system: You are a helpful assistant.
user:
Analyze the provided spectrum to determine if it is a **M-type Giant (gM)**.

A M-type Giant spectrum is defined by its **strong molecular absorption** features, particularly from **Titanium Oxide (TiO)**. You must check for one of the following mutually exclusive signatures:

- **Key Visual Indicators (Absorption-Dominated Spectrum):**

    - **(Primary):** The spectrum is dominated by strong molecular absorption from **Titanium Oxide (TiO)**. This is the **defining feature** of its M-type temperature class.
        - **(Key Bandheads):** Look for sharp, "saw-tooth" absorption valleys. The strongest are located near **~7050 Å**, **~6160 Å**, and **~5170 Å**.
        - **(Line Profile):** The "saw-tooth" morphology is critical: a **sharp, steep drop on the BLUE (short-wavelength) side** of the bandhead, followed by a gradual recovery (rising flux) towards the RED (long-wavelength) side.

    - **(Key Confirmation - Giant vs. Dwarf):** **ABSENCE** of strong **Calcium Hydride (CaH)** molecular bands. This is the primary diagnostic for *excluding* M-dwarfs.
        - **(Key Region):** The spectrum should lack the strong, broad absorption band seen in dwarfs between **~6800 Å and ~7000 Å**.

    - **(Secondary Confirmation - Giant):** A very strong and broad **Neutral Calcium (Ca I)** atomic absorption line.
        - **(Key Line):** Located at **~4226 Å**. In a giant (gM), this line is significantly deeper and broader than the same line in an M-dwarf (dM) due to low surface gravity.

    - **(Overall Spectrum):**
        - The continuum is **extremely red-sloping** (i.e., flux is very low in the blue and rises dramatically towards the red).
        - The entire spectrum appears "chopped up" by the deep TiO bands.

Think first, call **spectral_visualization_tool** if needed to examine features in detail, then provide your final answer. Your response must adhere to the following strict rules:
1.  **Overall Structure:** Your response must follow the format `<think>...</think> <tool_call>...</tool_call> (if a tool is used) <answer>...</answer>`.
2.  **Tool Usage Constraint:** You may only make **one** tool call per turn.
3.  **Final Answer Format:** In the `<answer>` tag, your conclusion must be inside a `\boxed{}` command (e.g., `\boxed{YES}` or `\boxed{NO}`), followed by your justification.

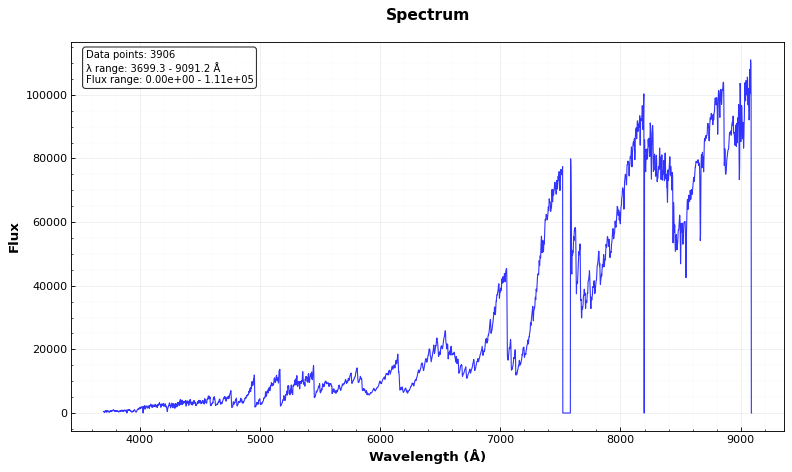
Answer: YES